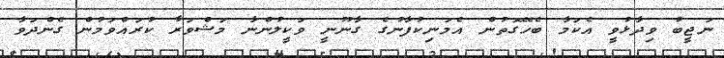
ނަޖީބު ވިދާޅުވީ އެކަމާ ބެހޭގޮތުން އެމަނިކުފާނުގެ ގާނޫނީ ވަކީލުންނާ މަޝްވަރާ ކުރައްވަމުން ގެންދަވާ